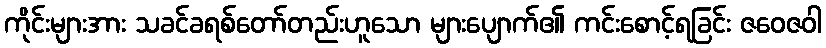
ကိုင်းများအား သခင်ခရစ်တော်တည်းဟူသော များပျောက်၏ ကင်းစောင့်ရခြင်း ဇဝေဇဝါ